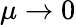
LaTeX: \mu\to 0